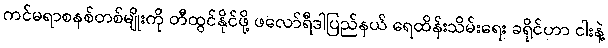
ကင်မရာစနစ်တစ်မျိုးကို တီထွင်နိုင်ဖို့ ဖလော်ရီဒါပြည်နယ် ရေထိန်းသိမ်းရေး ခရိုင်ဟာ ငါးနဲ့